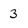
Character: 3